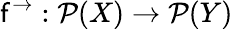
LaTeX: \mathsf{f}^{\rightarrow}:{\mathcal{{P}}}(X)\rightarrow{\mathcal{{P}}}(Y)